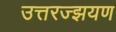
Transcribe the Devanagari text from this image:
उत्तरज्झयण